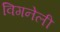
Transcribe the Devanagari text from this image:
विगनेली